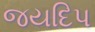
જયદિપ